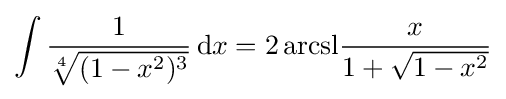
\int {\frac {1}{\sqrt[{4}]{(1-x^{2})^{3}}}}\,\mathrm {d} x={2\operatorname {arcsl} }{\frac {x}{1+{\sqrt {1-x^{2}}}}}